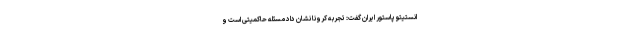
انستیتو پاستور ایران گفت: تجربه کرونا نشان داد مسئله حاکمیتی است و